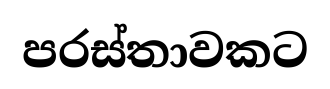
පරස්තාවකට